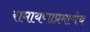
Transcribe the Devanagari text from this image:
रामायणाप्रमाणेच